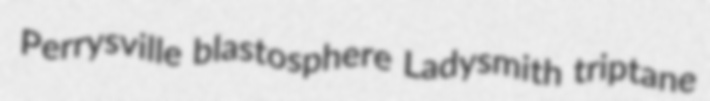
Perrysville blastosphere Ladysmith triptane